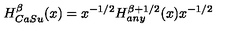
H _ { C a S u } ^ { \beta } ( x ) = x ^ { - 1 / 2 } H _ { a n y } ^ { \beta + 1 / 2 } ( x ) x ^ { - 1 / 2 }